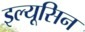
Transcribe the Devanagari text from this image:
इल्यूसिन